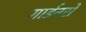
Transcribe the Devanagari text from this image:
गार्डनसे